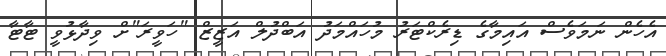
އެހެން ނަމަވެސް އައިމާގެ ޑިރެކްޓަރު މުހައްމަދު އަބްދުލް އަޒީޒް "ހަވީރަ"ށް ވިދާޅުވީ ޓާޓާ